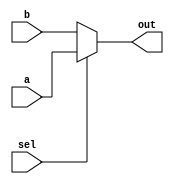
//2022_11_10 kerong
//Mux
module top_module (
    input sel,
    input [7:0] a,
    input [7:0] b,
    output [7:0]out  );

    assign out = sel ? a : b;

endmodule